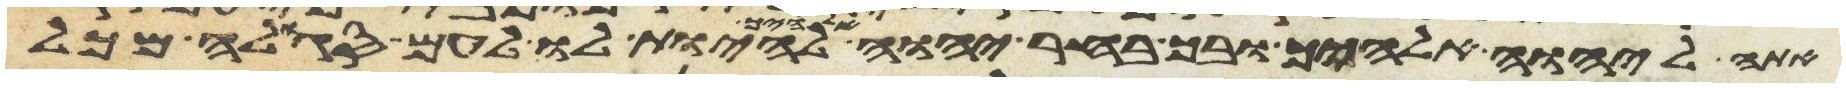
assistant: אתה ליהוה אלהיך ובך בחר יהוה אלהיך להיות לו לעם סגלה מכל